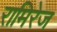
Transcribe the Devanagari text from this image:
रामिरेज